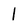
Character: l